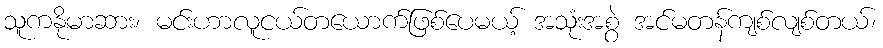
သူကနိုမာဆား၊ မင်းဟာလူငယ်တယောက်ဖြစ်ပေမယ့် အသုံးအစွဲ အင်မတန်ကျစ်လျစ်တယ်၊